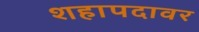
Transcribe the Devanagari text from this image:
शहापदावर